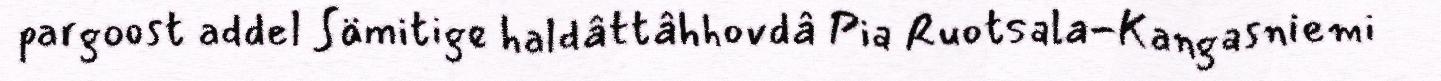
pargoost addel Sämitige haldâttâhhovdâ Pia Ruotsala-Kangasniemi